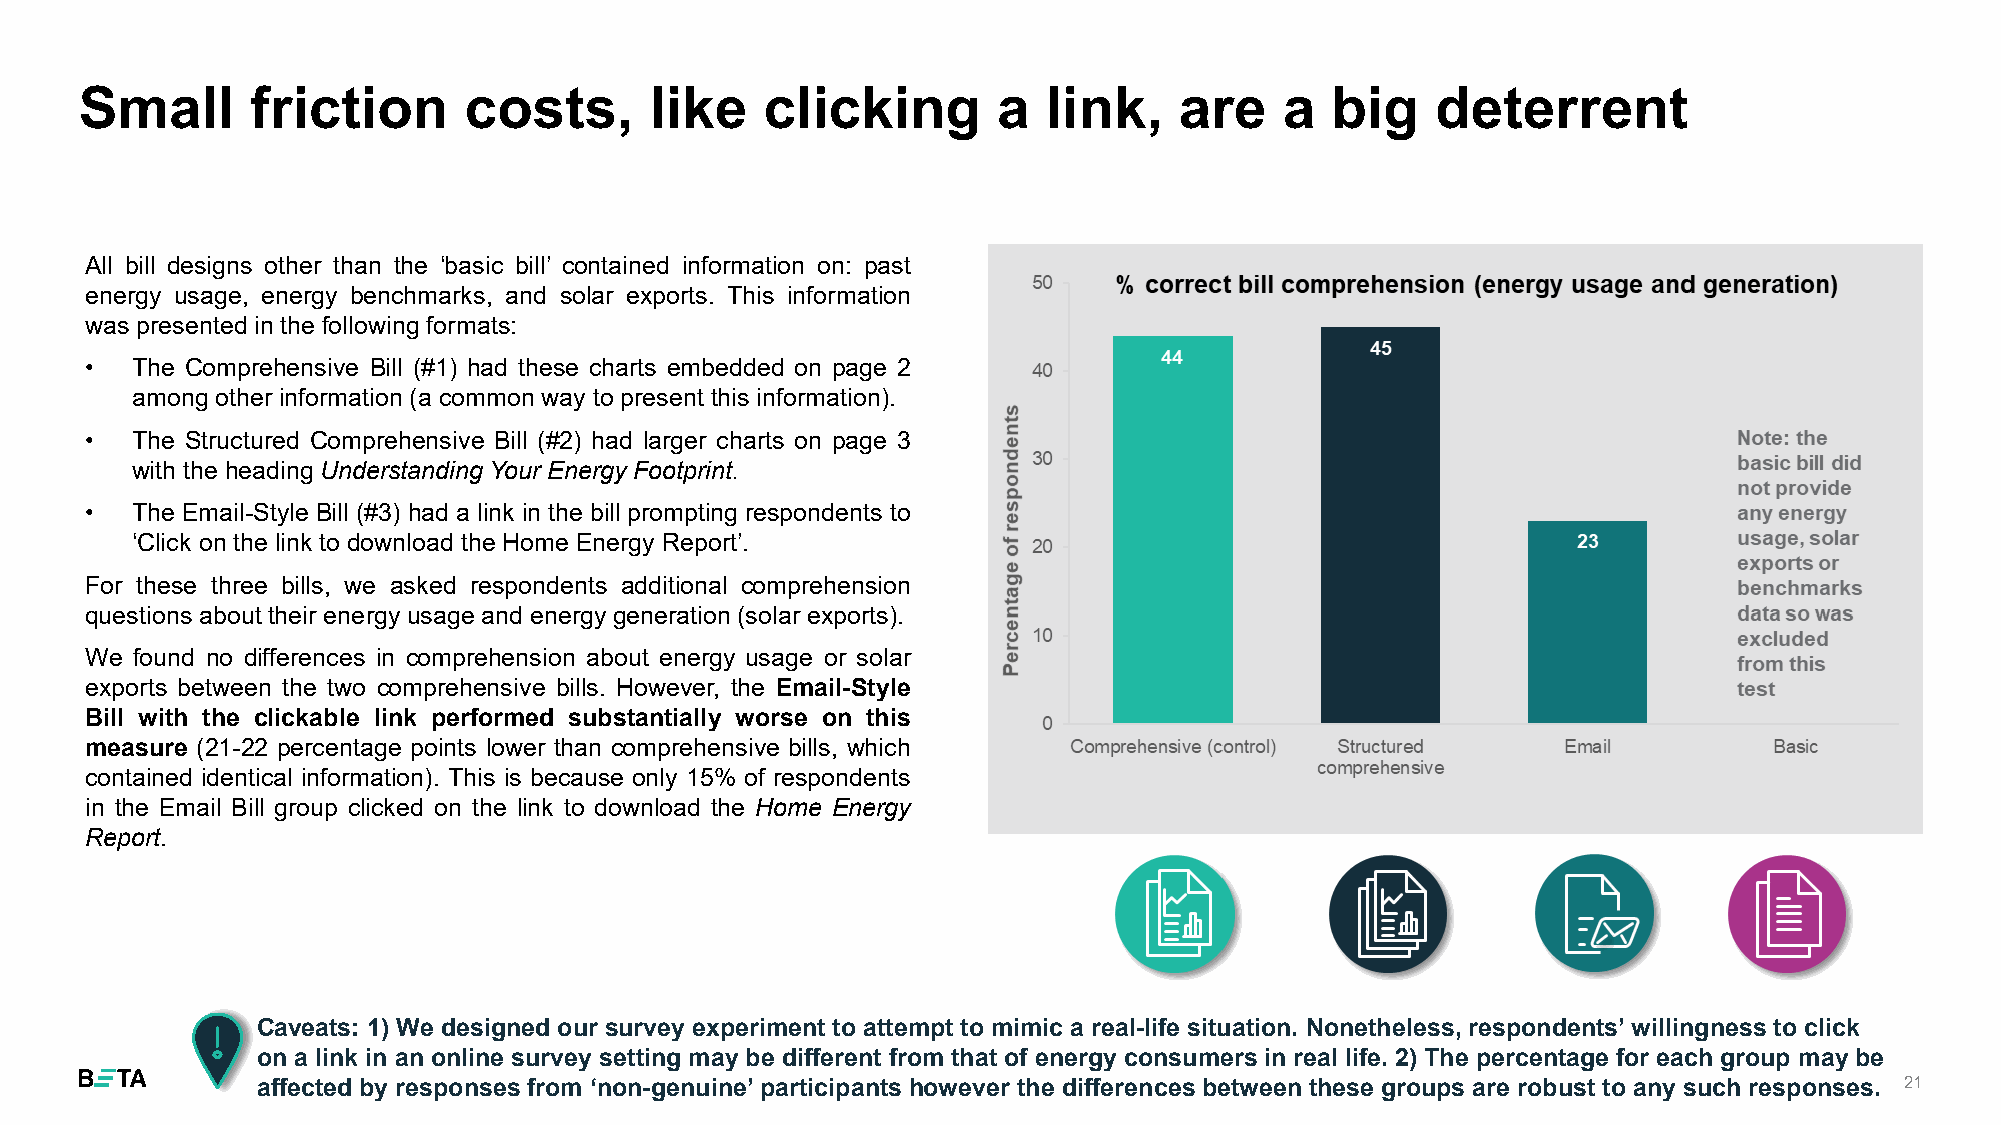
Small       friction      costs,      like    clicking       a  link,    are    a  big    deterrent
 All bill designs other than the ‘basic bill’ contained information on: past
 energy usage, energy benchmarks, and solar exports. This information
 was presentedin the following formats:
 •  The Comprehensive Bill (#1) had these charts embedded on page 2
 amongother information(a commonway to present this information).
 •  The Structured Comprehensive Bill (#2) had larger charts on page 3
 with the headingUnderstandingYour Energy Footprint.
 •  The Email-Style Bill (#3) had a link in the bill prompting respondents to
 ‘Click on the link to download theHome Energy Report’.
 For these three bills, we asked respondents additional comprehension
 questionsabout their energy usage and energy generation(solar exports).
 We found no differences in comprehension about energy usage or solar
 exports between the two comprehensive bills. However, the Email-Style
 Bill with the clickable link performed substantially worse on this
 measure (21-22 percentage points lower than comprehensive bills, which
 contained identical information). This is because only 15% of respondents
 in the Email Bill group clicked on the link to download the Home Energy
 Report.
 Caveats: 1) We designed our survey experiment to attempt to mimic a real-life situation. Nonetheless, respondents’willingness to click
 on a link in an online survey setting may be different from that of energy consumers in real life. 2) The percentage for each group may be
 affected by responses from ‘non-genuine’ participants however the differences between these groups are robust to any such responses. 21